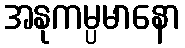
အနုကမ္ပမာနော